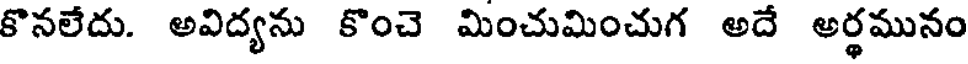
కొనలేదు. అవిద్యను కొంచె మించుమించుగ అదే అర్థమునం